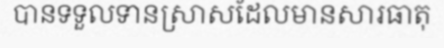
បានទទួលទានស្រាសដែលមានសារធាតុ